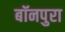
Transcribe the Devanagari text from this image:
बॉनपुरा